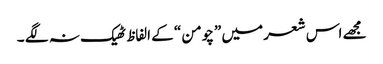
مجھے اس شعر میں ”چومن “ کے الفاظ ٹھیک نہ لگے ۔